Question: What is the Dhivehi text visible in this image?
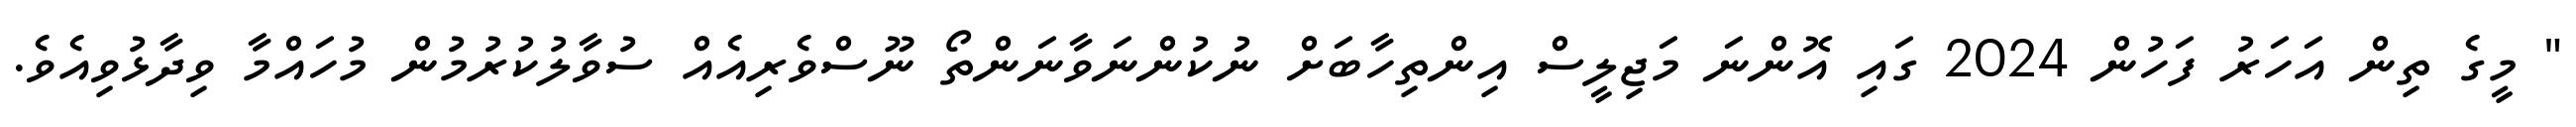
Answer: " މީގެ ތިން އަހަރު ފަހުން 2024 ގައި އޮންނަ މަޖިލީސް އިންތިހާބަށް ނުކުންނަވާނަންތޯ ނޫސްވެރިއެއް ސުވާލުކުރުމުން މުހައްމާ ވިދާޅުވިއެވެ.